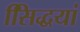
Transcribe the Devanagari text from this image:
सििद्धयां